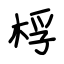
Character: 桴